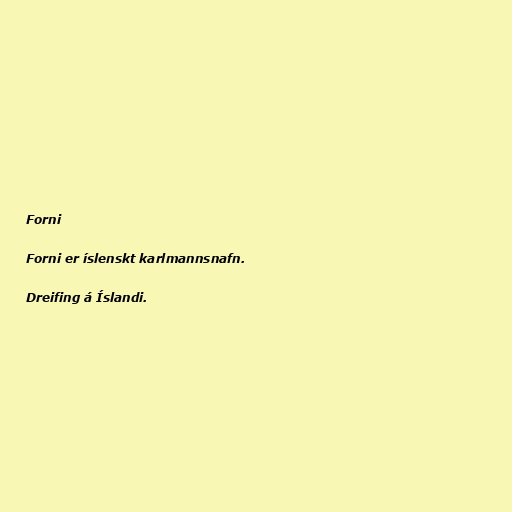
Forni

Forni er íslenskt karlmannsnafn.

Dreifing á Íslandi.